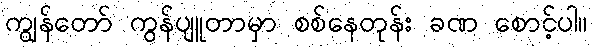
ကျွန်တော် ကွန်ပျူတာမှာ စစ်နေတုန်း ခဏ စောင့်ပါ။